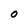
Character: O